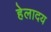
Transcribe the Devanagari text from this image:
हेलादय